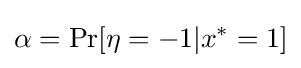
\alpha =\operatorname {Pr} [\eta =-1|x^{*}=1]